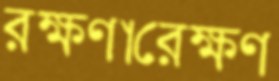
রক্ষণারেক্ষণ